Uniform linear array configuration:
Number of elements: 8
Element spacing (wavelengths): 0.25
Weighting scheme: cosine
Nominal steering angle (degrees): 45
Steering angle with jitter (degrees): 46.342
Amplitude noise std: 0.05
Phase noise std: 0.05

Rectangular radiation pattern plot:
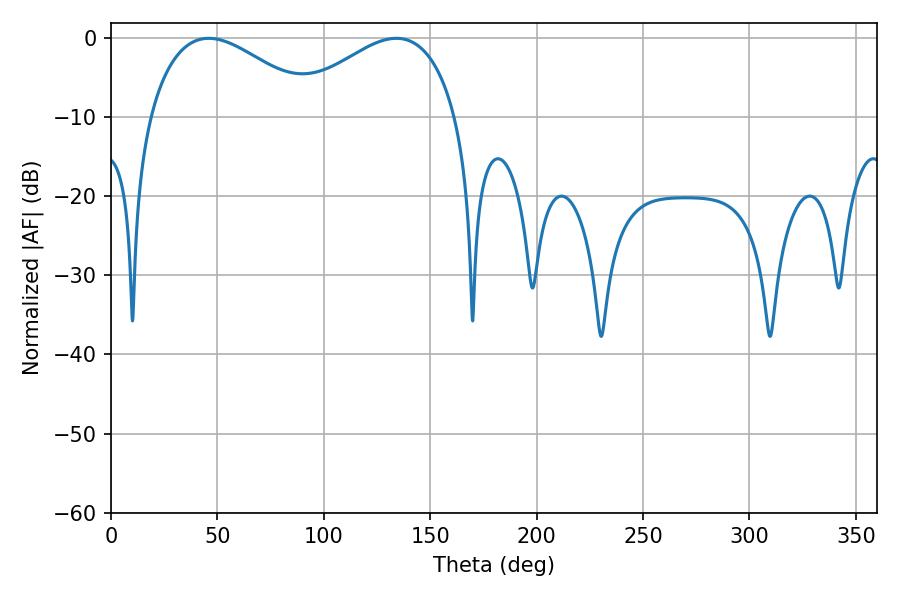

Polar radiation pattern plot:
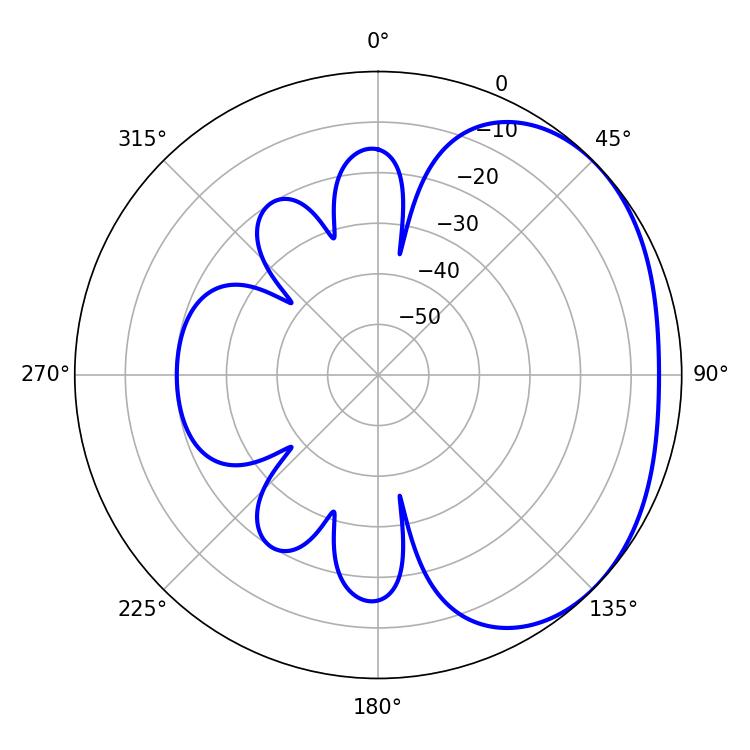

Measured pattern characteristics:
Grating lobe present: FALSE
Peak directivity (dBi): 2.288
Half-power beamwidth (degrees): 43.38
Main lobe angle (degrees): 45.9